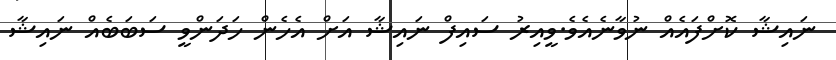
ނައިޝާ ކޮށްފައެއް ނުވާނެއެވެ.ވީއިރު ސައިފް ނައިޝާ އަށް އެހެން ހަދަންވީ ސަބަބެއް ނައިޝާ